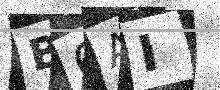
Text: B6AI